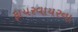
ફાયરવાયરના